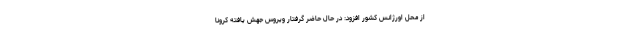
از محل اورژانس کشور افزود: در حال حاضر گرفتار ویروس جهش یافته کرونا